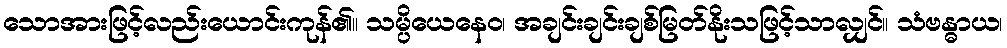
သောအားဖြင့်လည်းယောင်းကုန်၏။ သမ္ပိယေနေဝ၊ အချင်းချင်းချစ်မြတ်နိုးသဖြင့်သာလျှင်။ သံဗန္ဓာယ၊